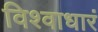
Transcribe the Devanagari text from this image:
विश्वाधारं